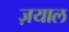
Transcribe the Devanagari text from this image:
ज़याल